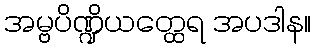
အမ္ဗပိဏ္ဍိယတ္ထေရ အပဒါန။